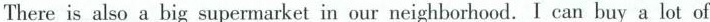
There is also a big supermarket in our neighborhood. I can buy a lot of